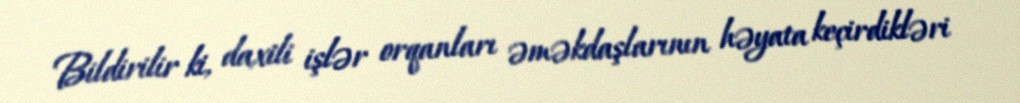
Bildirilir ki, daxili işlər orqanları əməkdaşlarının həyata keçirdikləri